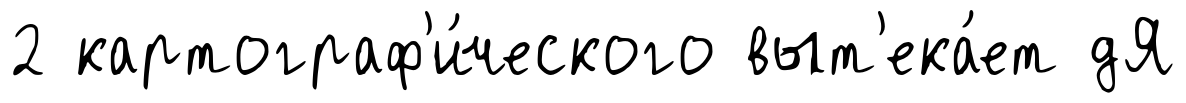
2 картограф'и́ческого выт'ека́ет дЯ